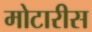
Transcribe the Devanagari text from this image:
मोटारीस